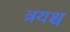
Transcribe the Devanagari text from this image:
त्रयश्च